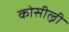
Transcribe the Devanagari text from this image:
कोसील्नी